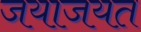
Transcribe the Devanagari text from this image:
जयाजयत